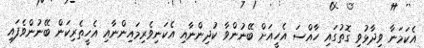
އެކަމަނާ ވިދާޅުވި ގޮތުގައި ހާއްސަ އެހީއަށް ބޭނުންވާ ކުދިންނާއި އެކަނިވެރިމައިންނާއި އެހީތެރިކަން ބޭނުންވެފައި